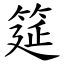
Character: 筵